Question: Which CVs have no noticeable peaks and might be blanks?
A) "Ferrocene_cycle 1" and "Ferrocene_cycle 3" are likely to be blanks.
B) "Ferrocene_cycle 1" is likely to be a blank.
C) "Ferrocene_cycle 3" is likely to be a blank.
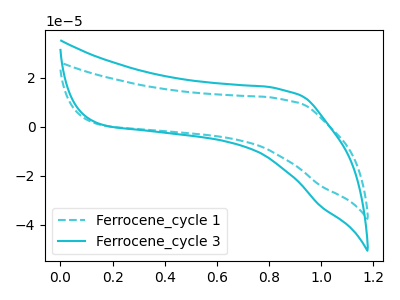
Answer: <think>The cyan dashed curve "Ferrocene_cycle 1" has no peaks. The cyan curve "Ferrocene_cycle 3" has no peaks.</think>
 <answer>A) "Ferrocene_cycle 1" and "Ferrocene_cycle 3" are likely to be blanks.</answer>
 <eval>A</eval>